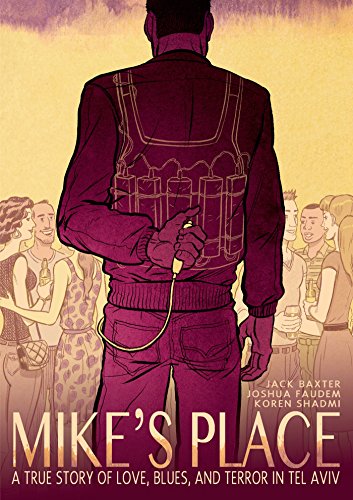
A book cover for Mike's Place: A True Story of Love, Blues, and Terror in Tel Aviv; Jack Baxter; Self-Help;